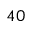
^ { 4 0 }